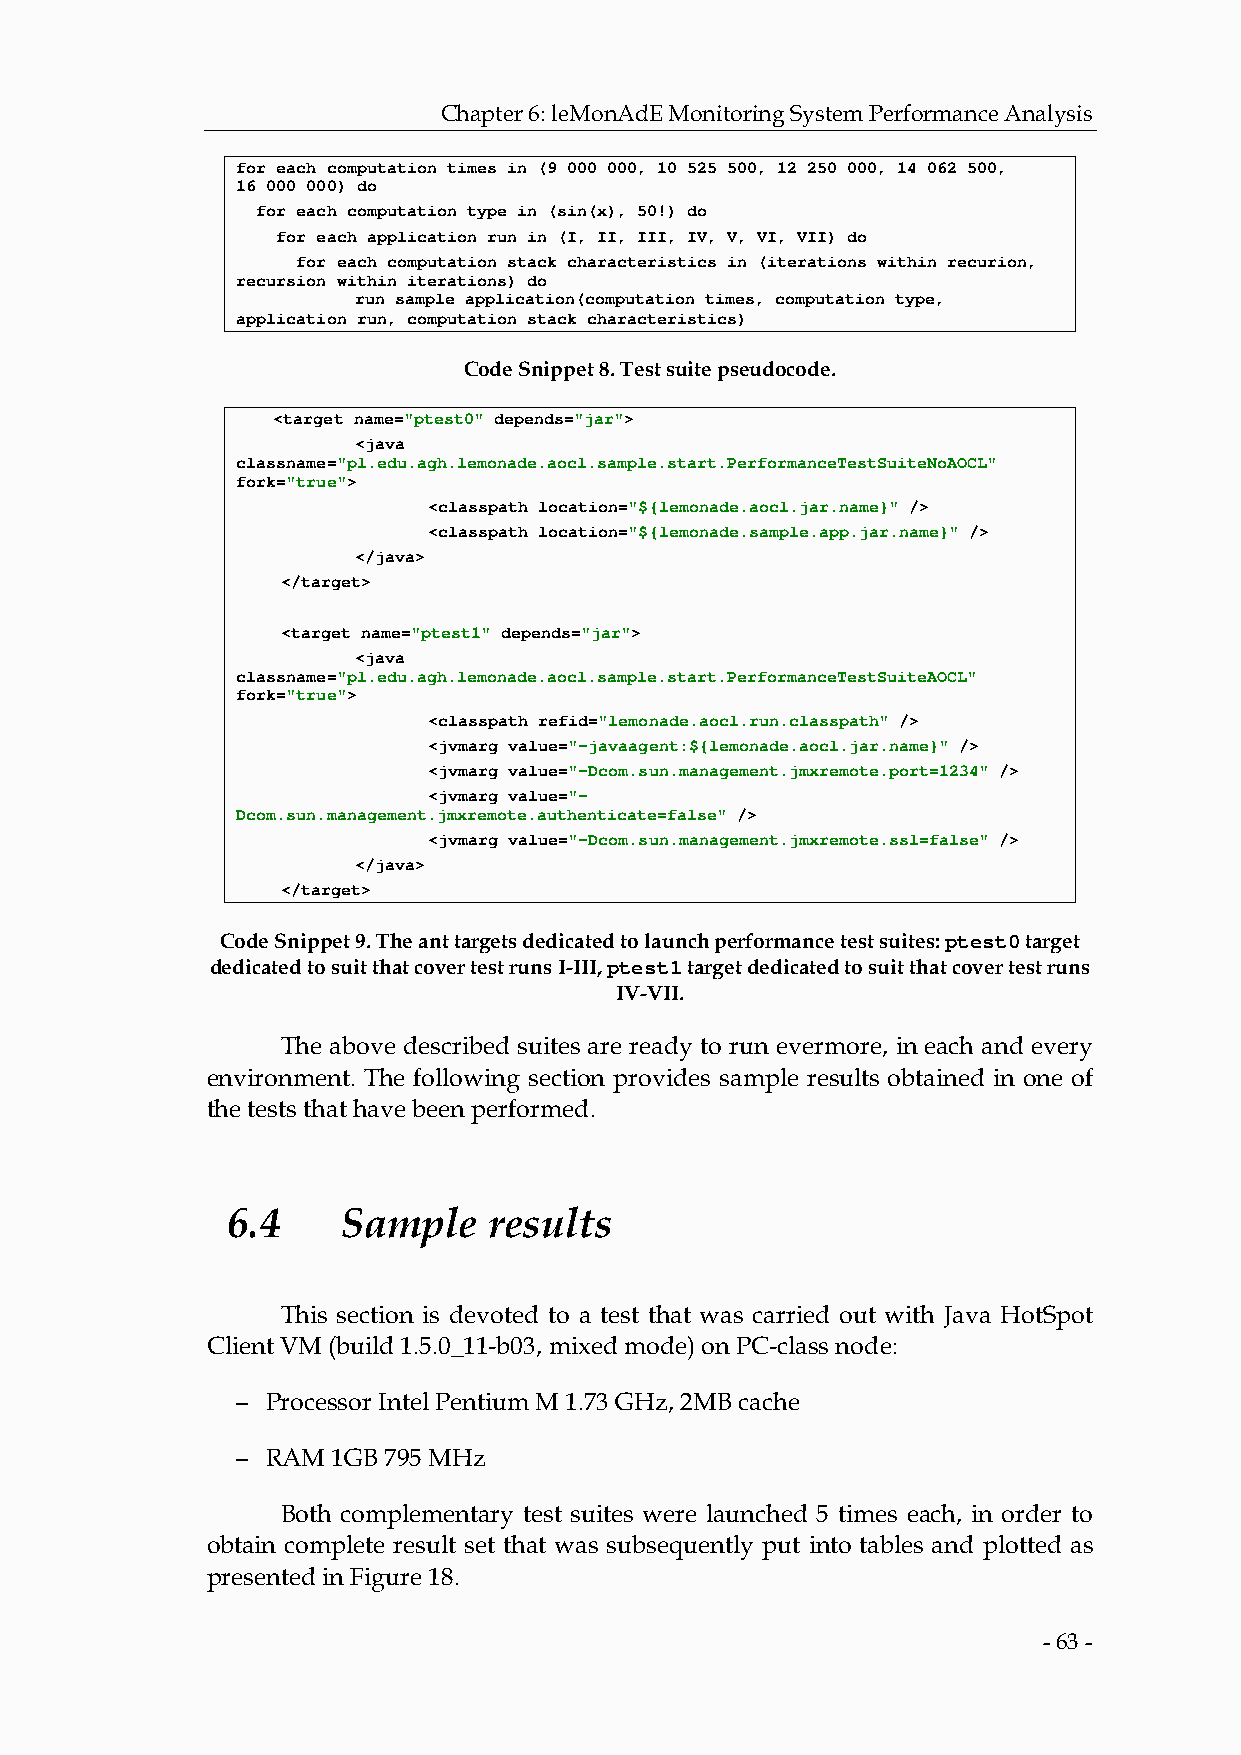
Chapter 6: leMonAdE Monitoring System Performance Analysis
 for each computation times in (9 000 000, 10 525 500, 12 250 000, 14 062 500,
 16 000 000) do
 for each computation type in (sin(x), 50!) do
 for each application run in (I, II, III, IV, V, VI, VII) do
 for each computation stack characteristics in (iterations within recurion,
 recursion within iterations) do
 run sample application(computation times, computation type,
 application run, computation stack characteristics)
 Code Snippet 8. Test suite pseudocode.
 <target name="ptest0" depends="jar">
 <java
 classname="pl.edu.agh.lemonade.aocl.sample.start.PerformanceTestSuiteNoAOCL"
 fork="true">
 <classpath location="${lemonade.aocl.jar.name}" />
 <classpath location="${lemonade.sample.app.jar.name}" />
 </java>
 </target>
 <target name="ptest1" depends="jar">
 <java
 classname="pl.edu.agh.lemonade.aocl.sample.start.PerformanceTestSuiteAOCL"
 fork="true">
 <classpath refid="lemonade.aocl.run.classpath" />
 <jvmarg value="-javaagent:${lemonade.aocl.jar.name}" />
 <jvmarg value="-Dcom.sun.management.jmxremote.port=1234" />
 <jvmarg value="-
 Dcom.sun.management.jmxremote.authenticate=false" />
 <jvmarg value="-Dcom.sun.management.jmxremote.ssl=false" />
 </java>
 </target>
 Code Snippet 9. The ant targets dedicated to launch performance test suites: ptest0 target
 dedicated to suit that cover test runs I-III, ptest1 target dedicated to suit that cover test runs
 IV-VII.
 The above described suites are ready to run evermore, in each and every
 environment. The following section provides sample results obtained in one of
 the tests that have been performed.
 6.4     Sample   results
 This section is devoted to a test that was carried out with Java HotSpot
 Client VM (build 1.5.0_11-b03, mixed mode) on PC-class node:
 − Processor Intel Pentium M 1.73 GHz, 2MB cache
 − RAM 1GB 795 MHz
 Both complementary test suites were launched 5 times each, in order to
 obtain complete result set that was subsequently put into tables and plotted as
 presented in Figure 18.
 - 63 -